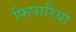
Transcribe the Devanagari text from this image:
फिपारिया